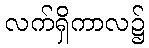
လက်ရှိကာလ၌